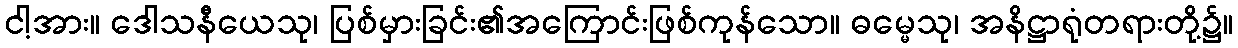
ငါ့အား။ ဒေါသနီယေသု၊ ပြစ်မှားခြင်း၏အကြောင်းဖြစ်ကုန်သော။ ဓမ္မေသု၊ အနိဋ္ဌာရုံတရားတို့၌။